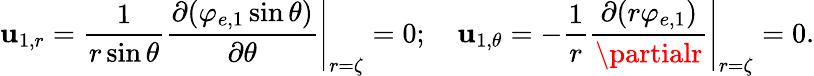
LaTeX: \mathbf{u}_{1,r}=\left.\frac{{1}}{{r\sin\theta}}\frac{{\partial(\varphi_{e,1}\sin\theta)}}{{\partial\theta}}\right|_{r=\zeta}=0;~~~~\mathbf{u}_{1,\theta}=\left.-\frac{{1}}{{r}}\frac{{\partial(r\varphi_{e,1})}}{{\partialr}}\right|_{r=\zeta}=0.